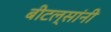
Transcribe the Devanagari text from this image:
बीटल्सांनी